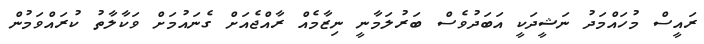
ރައީސް މުހައްމަދު ނަޝީދަކީ އަބަދުވެސް ބަރުލަމާނީ ނިޒާމެއް ރާއްޖެއަށް ގެނައުމަށް ވަކާލާތު ކުރައްވަމުން